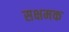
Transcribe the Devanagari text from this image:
सक्षमक